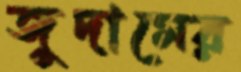
জুদামের